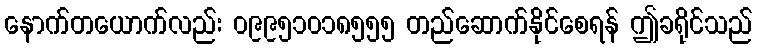
နောက်တယောက်လည်း ၀၉၉၅၁၀၁၈၅၅၅ တည်ဆောက်နိုင်စေရန် ဤခရိုင်သည်